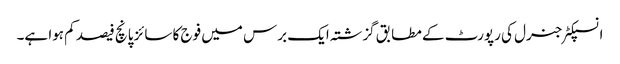
انسپکٹر جنرل کی رپورٹ کے مطابق گزشتہ ایک برس میں فوج کا سائز پانچ فیصد کم ہوا ہے۔